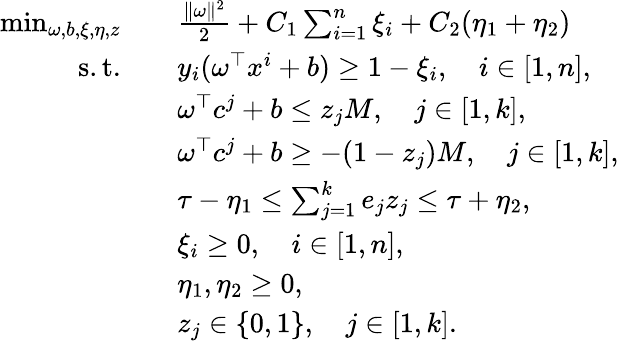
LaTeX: \begin{array}{rl}{\operatorname*{min}_{\omega,b,\xi,\eta,z}\quad}&{\frac{\Vert\omega\Vert^{2}}{2}+C_{1}\sum_{i=1}^{n}\xi_{i}+C_{2}(\eta_{1}+\eta_{2})}\\ {\mathrm{s.t.}\quad}&{y_{i}(\omega^{\top}x^{i}+b)\geq 1-\xi_{i},\quad i\in[1,n],}\\ &{\omega^{\top}c^{j}+b\leq z_{j}M,\quad j\in[1,k],}\\ &{\omega^{\top}c^{j}+b\geq-(1-z_{j})M,\quad j\in[1,k],}\\ &{\tau-\eta_{1}\leq\sum_{j=1}^{k}e_{j}z_{j}\leq\tau+\eta_{2},}\\ &{\xi_{i}\geq 0,\quad i\in[1,n],}\\ &{\eta_{1},\eta_{2}\geq 0,}\\ &{z_{j}\in\{ 0,1\} ,\quad j\in[1,k].}\end{array}